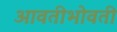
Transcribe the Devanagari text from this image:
आवतीभोवती